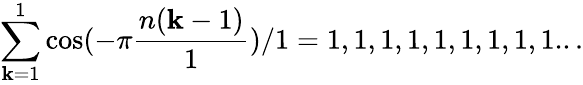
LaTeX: \sum_{\mathbf{k}=1}^{1}\cos(-\pi{\frac{{n(\mathbf{k}-1)}}{{1}}})/1=1,1,1,1,1,1,1,1,1...